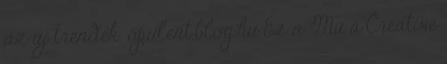
az új trendek. opulent.blog.hu Ez a Mű a Creative